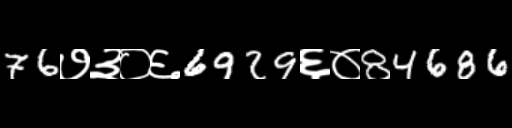
Text: 76७३०६6929६०84686